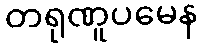
တရုဏူပမေန